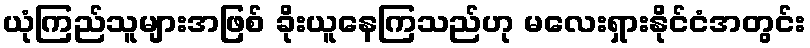
ယုံကြည်သူများအဖြစ် ခိုးယူနေကြသည်ဟု မလေးရှားနိုင်ငံအတွင်း